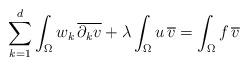
LaTeX: \begin{align*}\sum_{k=1}^d \int_\Omega w_k \, \overline{\partial_k v} + \lambda \int_\Omega u \, \overline v= \int_\Omega f \, \overline v\end{align*}